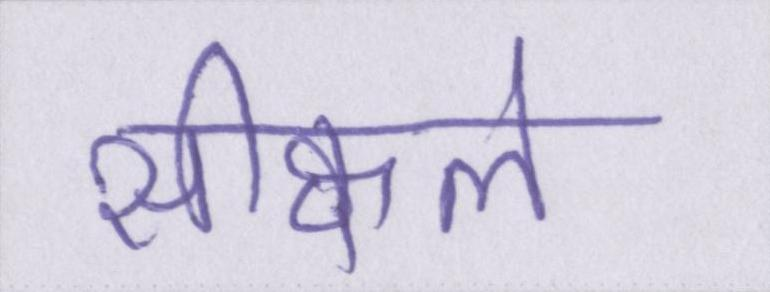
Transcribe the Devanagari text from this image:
सीक्वल